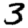
Digit: 3